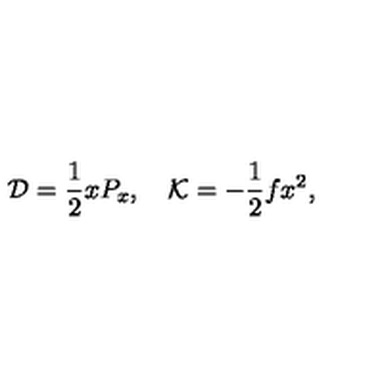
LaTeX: { \cal D } = { \frac { 1 } { 2 } } x P _ { x } , \quad { \cal K } = - { \frac { 1 } { 2 } } f x ^ { 2 } ,